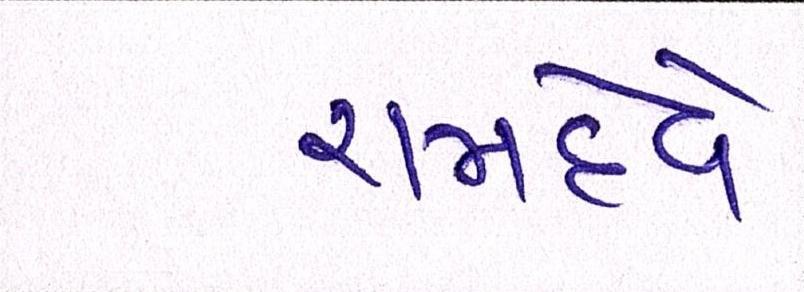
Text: રામદેવે